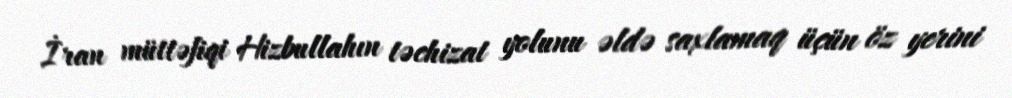
İran müttəfiqi Hizbullahın təchizat yolunu əldə saxlamaq üçün öz yerini